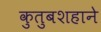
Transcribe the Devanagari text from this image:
कुतुबशहाने